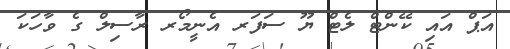
އަޕް އައި ކޭންޓް ލެޓް ޔޫ ސަފަރ އެނީމޯރ ރާސިލް ގެ ވާހަކަ